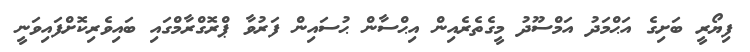
ފިޔޯރީ ބަށިގެ އަޙްމަދު އަމްސޫދު މީގެތެރެއިން އިޙްސާން ޙުސައިން ފަރުވާ ޕްރޮގްރާމްގައި ބައިވެރިކޮށްފައިވަނީ